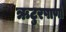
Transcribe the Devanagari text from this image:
ऋटुरषाणां